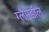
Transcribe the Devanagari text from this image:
ग्लैमडॉल